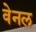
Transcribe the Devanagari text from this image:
वेनल